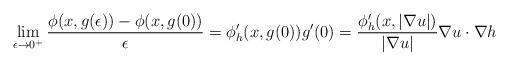
LaTeX: \begin{align*}\lim_{\epsilon\to 0^+} \frac{\phi(x,g(\epsilon)) - \phi(x,g(0))}{\epsilon}=\phi'_h(x, g(0))g'(0)= \frac{\phi'_h(x,|\nabla u|)}{|\nabla u|} \nabla u \cdot \nabla h\end{align*}